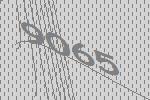
9065